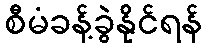
စီမံခန့်ခွဲနိုင်ရန်